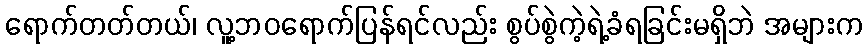
ရောက်တတ်တယ်၊ လူ့ဘဝရောက်ပြန်ရင်လည်း စွပ်စွဲကဲ့ရဲ့ခံရခြင်းမရှိဘဲ အများက